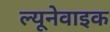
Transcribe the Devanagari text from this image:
ल्यूनेवाइक